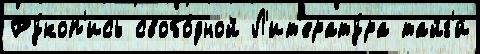
Ру́коп'ись свобо́дной Л'ит'ерату́ра тайг'и́